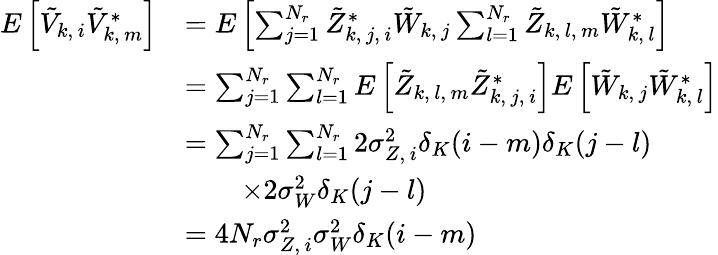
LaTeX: \begin{array}{rl}{E\left[\tilde{V}_{k,\, i}\tilde{V}_{k,\, m}^{*}\right]}&{=E\left[\sum_{j=1}^{N_{r}}\tilde{Z}_{k,\, j,\, i}^{*}\tilde{W}_{k,\, j}\sum_{l=1}^{N_{r}}\tilde{Z}_{k,\, l,\, m}\tilde{W}_{k,\, l}^{*}\right]}\\ &{=\sum_{j=1}^{N_{r}}\sum_{l=1}^{N_{r}}E\left[\tilde{Z}_{k,\, l,\, m}\tilde{Z}_{k,\, j,\, i}^{*}\right]E\left[\tilde{W}_{k,\, j}\tilde{W}_{k,\, l}^{*}\right]}\\ &{=\sum_{j=1}^{N_{r}}\sum_{l=1}^{N_{r}}2\sigma_{Z,\, i}^{2}\delta_{K}(i-m)\delta_{K}(j-l)}\\ &{\qquad\times 2\sigma_{W}^{2}\delta_{K}(j-l)}\\ &{=4N_{r}\sigma_{Z,\, i}^{2}\sigma_{W}^{2}\delta_{K}(i-m)}\end{array}